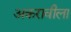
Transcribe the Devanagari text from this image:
अकरावीला